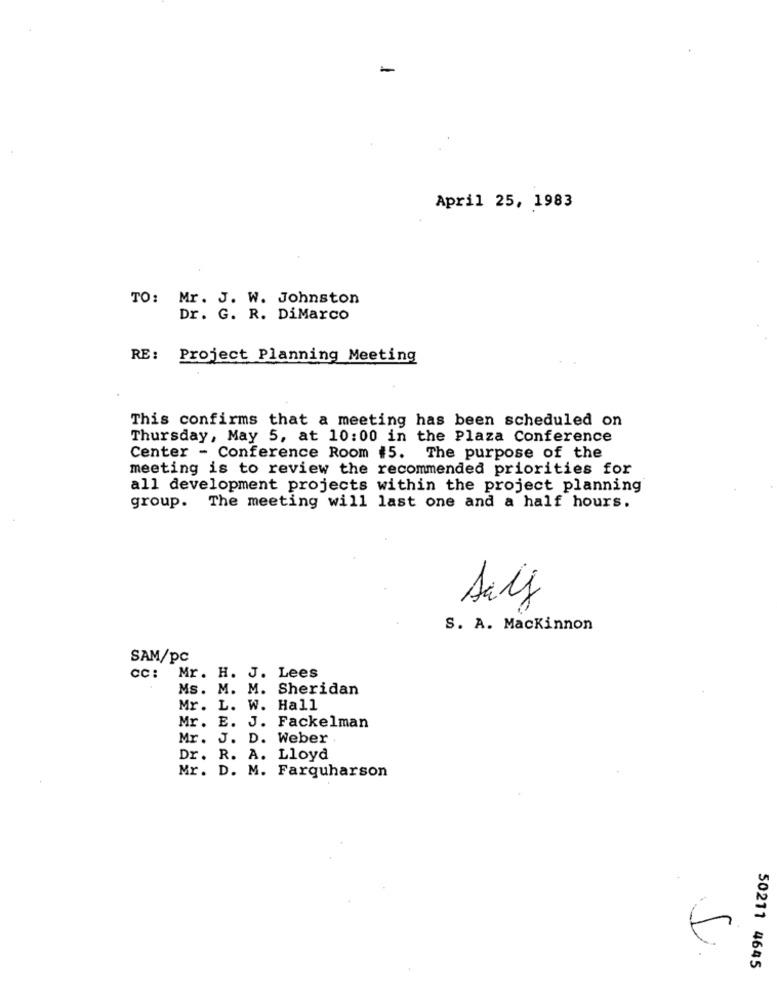
April 25, 1983
TO: Mr. J. W. Johnston
Dr. G. R. DiMarco
RE: Project Planning Meeting
This confirms that a meeting has been scheduled on
Thursday, May 5, at 10:00 in the Plaza Conference
Center - Conference Room #5. The purpose of the
meeting is to review the recommended priorities for
all development projects within the project planning
group. The meeting will last one and a half hours.
Sälj
S. A. Mackinnon
SAM/pc
cc:
Mr. H. J. Lees
Ms. M. M. Sheridan
Mr. L. W. Hall
Mr. E. J. Fackelman
Mr. J. D. Weber .
Dr. R. A. Lloyd
Mr. D. M. Farquharson
50211 4645